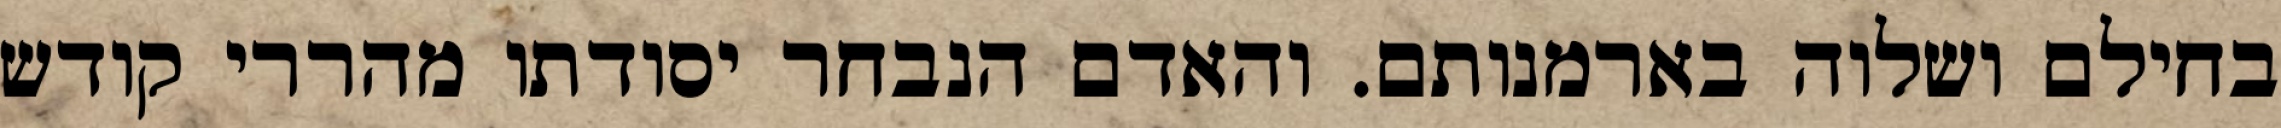
בחילם ושלוה בארמנותם. והאדם הנבחר יסודתו מהררי קודש